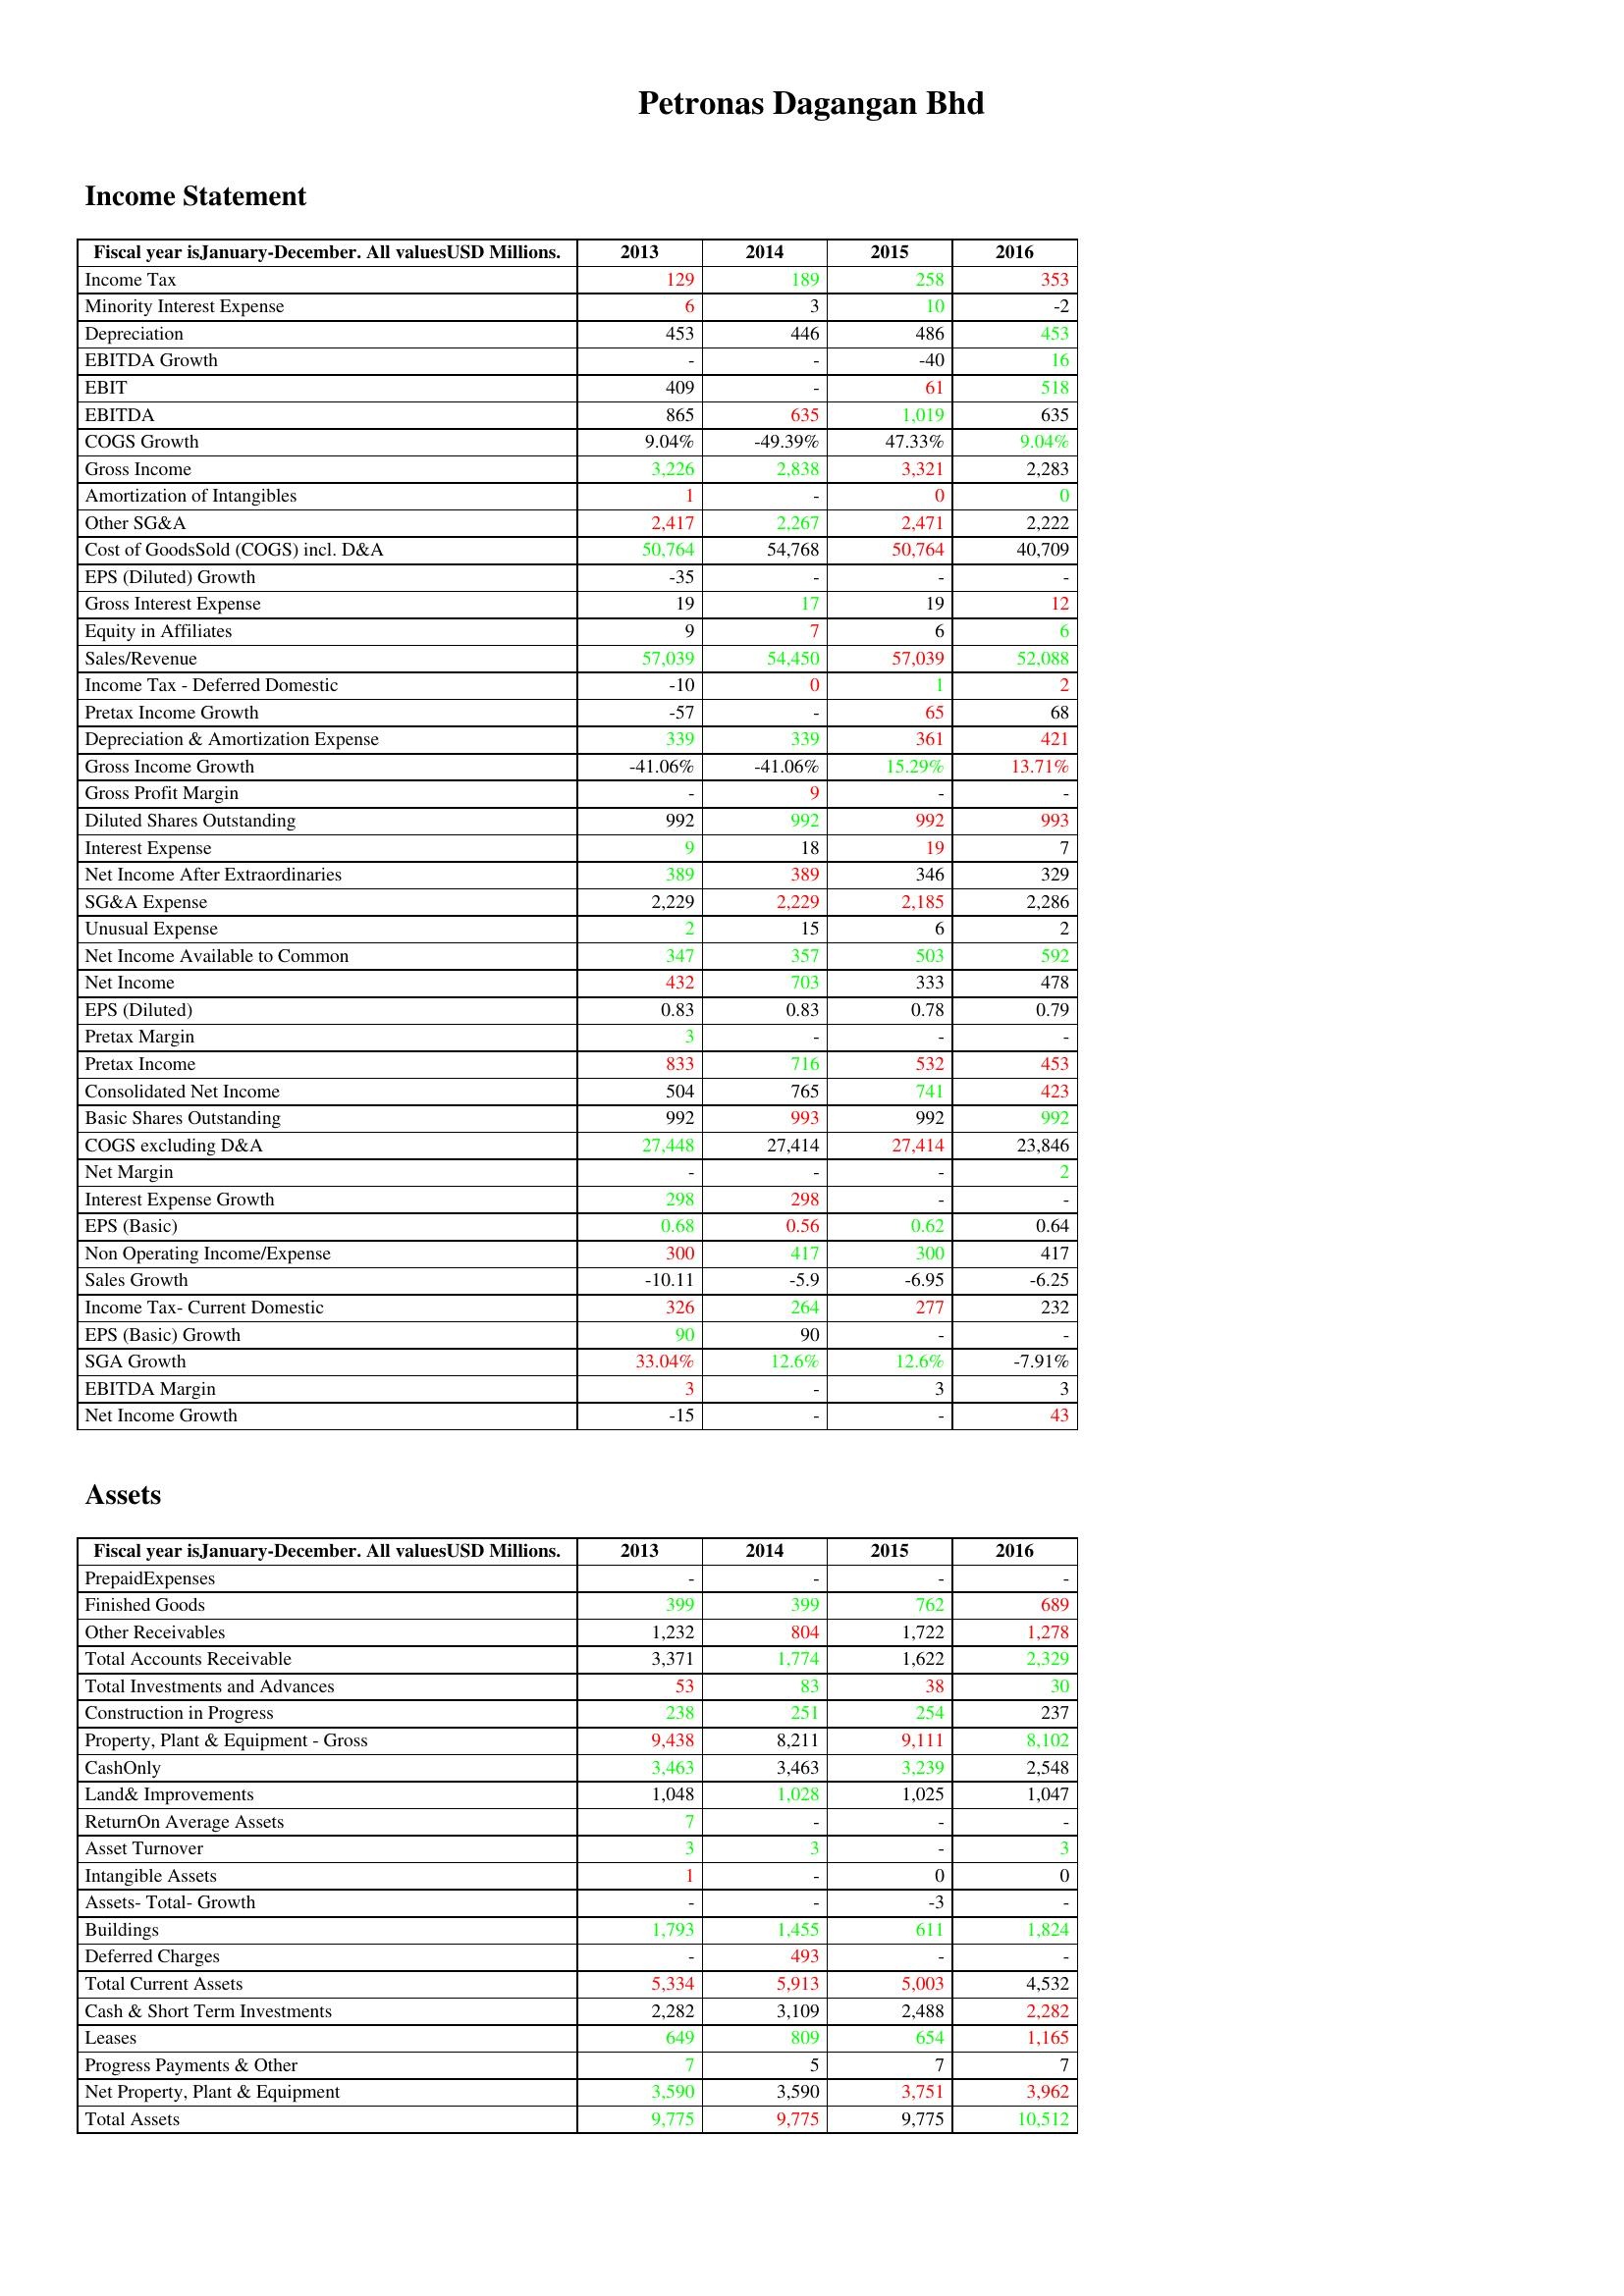
gt_parse: 2013: Income Statement: Income Tax: 129
Minority Interest Expense: 6
Depreciation: 453
EBITDA Growth: -
EBIT: 409
EBITDA: 865
COGS Growth: 9.04%
Gross Income: 3,226
Amortization of Intangibles: 1
Other SG&A: 2,417
Cost of GoodsSold (COGS) incl. D&A: 50,764
EPS (Diluted) Growth: -35
Gross Interest Expense: 19
Equity in Affiliates: 9
Sales/Revenue: 57,039
Income Tax - Deferred Domestic: -10
Pretax Income Growth: -57
Depreciation & Amortization Expense: 339
Gross Income Growth: -41.06%
Gross Profit Margin: -
Diluted Shares Outstanding: 992
Interest Expense: 9
Net Income After Extraordinaries: 389
SG&A Expense: 2,229
Unusual Expense: 2
Net Income Available to Common: 347
Net Income: 432
EPS (Diluted): 0.83
Pretax Margin: 3
Pretax Income: 833
Consolidated Net Income: 504
Basic Shares Outstanding: 992
COGS excluding D&A: 27,448
Net Margin: -
Interest Expense Growth: 298
EPS (Basic): 0.68
Non Operating Income/Expense: 300
Sales Growth: -10.11
Income Tax- Current Domestic: 326
EPS (Basic) Growth: 90
SGA Growth: 33.04%
EBITDA Margin: 3
Net Income Growth: -15
Assets: PrepaidExpenses: -
Finished Goods: 399
Other Receivables: 1,232
Total Accounts Receivable: 3,371
Total Investments and Advances: 53
Construction in Progress: 238
Property, Plant & Equipment - Gross : 9,438
CashOnly: 3,463
Land& Improvements: 1,048
ReturnOn Average Assets: 7
Asset Turnover: 3
Intangible Assets: 1
Assets- Total- Growth: -
Buildings: 1,793
Deferred Charges: -
Total Current Assets: 5,334
Cash & Short Term Investments: 2,282
Leases: 649
Progress Payments & Other: 7
Net Property, Plant & Equipment: 3,590
Total Assets: 9,775
2014: Income Statement: Income Tax: 189
Minority Interest Expense: 3
Depreciation: 446
EBITDA Growth: -
EBIT: -
EBITDA: 635
COGS Growth: -49.39%
Gross Income: 2,838
Amortization of Intangibles: -
Other SG&A: 2,267
Cost of GoodsSold (COGS) incl. D&A: 54,768
EPS (Diluted) Growth: -
Gross Interest Expense: 17
Equity in Affiliates: 7
Sales/Revenue: 54,450
Income Tax - Deferred Domestic: 0
Pretax Income Growth: -
Depreciation & Amortization Expense: 339
Gross Income Growth: -41.06%
Gross Profit Margin: 9
Diluted Shares Outstanding: 992
Interest Expense: 18
Net Income After Extraordinaries: 389
SG&A Expense: 2,229
Unusual Expense: 15
Net Income Available to Common: 357
Net Income: 703
EPS (Diluted): 0.83
Pretax Margin: -
Pretax Income: 716
Consolidated Net Income: 765
Basic Shares Outstanding: 993
COGS excluding D&A: 27,414
Net Margin: -
Interest Expense Growth: 298
EPS (Basic): 0.56
Non Operating Income/Expense: 417
Sales Growth: -5.9
Income Tax- Current Domestic: 264
EPS (Basic) Growth: 90
SGA Growth: 12.6%
EBITDA Margin: -
Net Income Growth: -
Assets: PrepaidExpenses: -
Finished Goods: 399
Other Receivables: 804
Total Accounts Receivable: 1,774
Total Investments and Advances: 83
Construction in Progress: 251
Property, Plant & Equipment - Gross : 8,211
CashOnly: 3,463
Land& Improvements: 1,028
ReturnOn Average Assets: -
Asset Turnover: 3
Intangible Assets: -
Assets- Total- Growth: -
Buildings: 1,455
Deferred Charges: 493
Total Current Assets: 5,913
Cash & Short Term Investments: 3,109
Leases: 809
Progress Payments & Other: 5
Net Property, Plant & Equipment: 3,590
Total Assets: 9,775
2015: Income Statement: Income Tax: 258
Minority Interest Expense: 10
Depreciation: 486
EBITDA Growth: -40
EBIT: 61
EBITDA: 1,019
COGS Growth: 47.33%
Gross Income: 3,321
Amortization of Intangibles: 0
Other SG&A: 2,471
Cost of GoodsSold (COGS) incl. D&A: 50,764
EPS (Diluted) Growth: -
Gross Interest Expense: 19
Equity in Affiliates: 6
Sales/Revenue: 57,039
Income Tax - Deferred Domestic: 1
Pretax Income Growth: 65
Depreciation & Amortization Expense: 361
Gross Income Growth: 15.29%
Gross Profit Margin: -
Diluted Shares Outstanding: 992
Interest Expense: 19
Net Income After Extraordinaries: 346
SG&A Expense: 2,185
Unusual Expense: 6
Net Income Available to Common: 503
Net Income: 333
EPS (Diluted): 0.78
Pretax Margin: -
Pretax Income: 532
Consolidated Net Income: 741
Basic Shares Outstanding: 992
COGS excluding D&A: 27,414
Net Margin: -
Interest Expense Growth: -
EPS (Basic): 0.62
Non Operating Income/Expense: 300
Sales Growth: -6.95
Income Tax- Current Domestic: 277
EPS (Basic) Growth: -
SGA Growth: 12.6%
EBITDA Margin: 3
Net Income Growth: -
Assets: PrepaidExpenses: -
Finished Goods: 762
Other Receivables: 1,722
Total Accounts Receivable: 1,622
Total Investments and Advances: 38
Construction in Progress: 254
Property, Plant & Equipment - Gross : 9,111
CashOnly: 3,239
Land& Improvements: 1,025
ReturnOn Average Assets: -
Asset Turnover: -
Intangible Assets: 0
Assets- Total- Growth: -3
Buildings: 611
Deferred Charges: -
Total Current Assets: 5,003
Cash & Short Term Investments: 2,488
Leases: 654
Progress Payments & Other: 7
Net Property, Plant & Equipment: 3,751
Total Assets: 9,775
2016: Income Statement: Income Tax: 353
Minority Interest Expense: -2
Depreciation: 453
EBITDA Growth: 16
EBIT: 518
EBITDA: 635
COGS Growth: 9.04%
Gross Income: 2,283
Amortization of Intangibles: 0
Other SG&A: 2,222
Cost of GoodsSold (COGS) incl. D&A: 40,709
EPS (Diluted) Growth: -
Gross Interest Expense: 12
Equity in Affiliates: 6
Sales/Revenue: 52,088
Income Tax - Deferred Domestic: 2
Pretax Income Growth: 68
Depreciation & Amortization Expense: 421
Gross Income Growth: 13.71%
Gross Profit Margin: -
Diluted Shares Outstanding: 993
Interest Expense: 7
Net Income After Extraordinaries: 329
SG&A Expense: 2,286
Unusual Expense: 2
Net Income Available to Common: 592
Net Income: 478
EPS (Diluted): 0.79
Pretax Margin: -
Pretax Income: 453
Consolidated Net Income: 423
Basic Shares Outstanding: 992
COGS excluding D&A: 23,846
Net Margin: 2
Interest Expense Growth: -
EPS (Basic): 0.64
Non Operating Income/Expense: 417
Sales Growth: -6.25
Income Tax- Current Domestic: 232
EPS (Basic) Growth: -
SGA Growth: -7.91%
EBITDA Margin: 3
Net Income Growth: 43
Assets: PrepaidExpenses: -
Finished Goods: 689
Other Receivables: 1,278
Total Accounts Receivable: 2,329
Total Investments and Advances: 30
Construction in Progress: 237
Property, Plant & Equipment - Gross : 8,102
CashOnly: 2,548
Land& Improvements: 1,047
ReturnOn Average Assets: -
Asset Turnover: 3
Intangible Assets: 0
Assets- Total- Growth: -
Buildings: 1,824
Deferred Charges: -
Total Current Assets: 4,532
Cash & Short Term Investments: 2,282
Leases: 1,165
Progress Payments & Other: 7
Net Property, Plant & Equipment: 3,962
Total Assets: 10,512